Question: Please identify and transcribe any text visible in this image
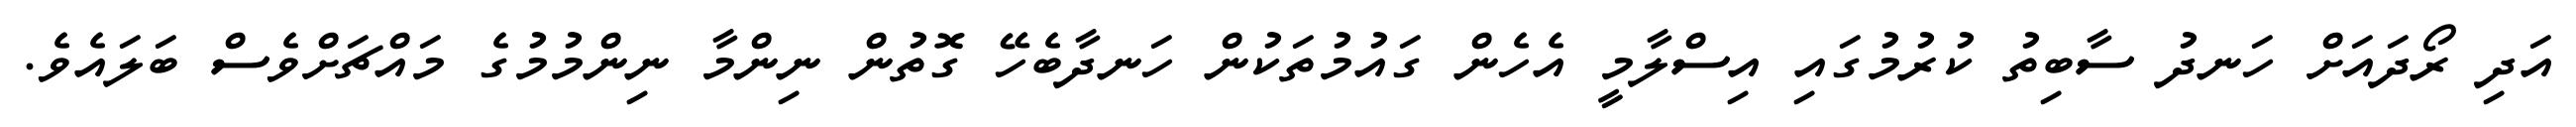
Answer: އަދި ރޯދައަށް ހަނދު ސާބިތު ކުރުމުގައި އިސްލާމީ އެހެން ގައުމުތަކުން ހަނދާބެހޭ ގޮތުން ނިންމާ ނިންމުމުގެ މައްޗަށްވެސް ބަލައެވެ.